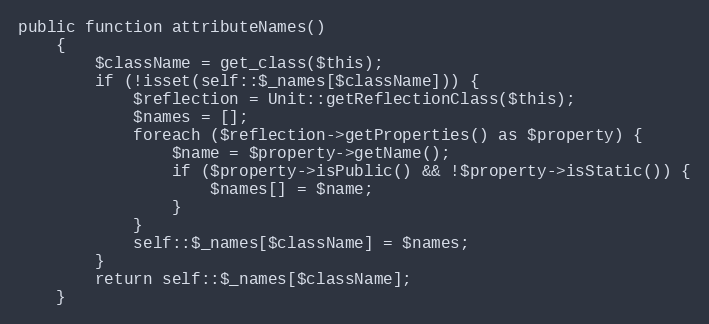
Language: PHP
public function attributeNames()
    {
        $className = get_class($this);
        if (!isset(self::$_names[$className])) {
            $reflection = Unit::getReflectionClass($this);
            $names = [];
            foreach ($reflection->getProperties() as $property) {
                $name = $property->getName();
                if ($property->isPublic() && !$property->isStatic()) {
                    $names[] = $name;
                }
            }
            self::$_names[$className] = $names;
        }
        return self::$_names[$className];
    }